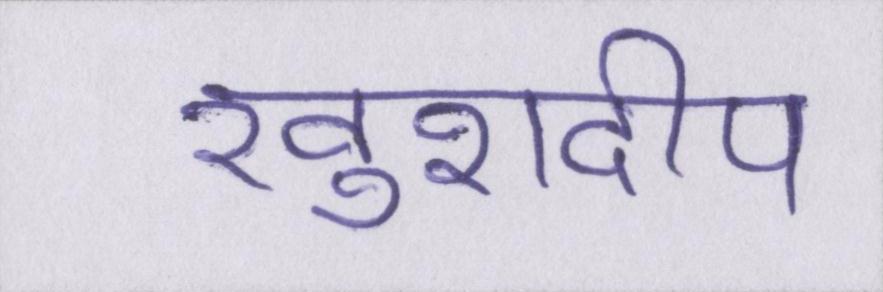
खुशदीप